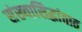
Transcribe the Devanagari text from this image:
संख्यासिद्धांतात